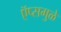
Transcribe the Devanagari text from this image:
ऍप्समुळे